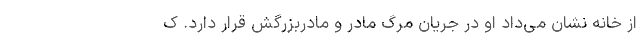
از خانه نشان می‌داد او در جریان مرگ مادر و مادربزرگش قرار دارد. ک